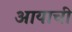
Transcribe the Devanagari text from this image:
आयाची